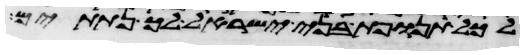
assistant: לכל תנופת בני ישראל לך נתתים